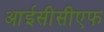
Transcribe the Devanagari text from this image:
आईसीसीएफ